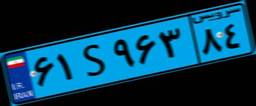
۶۶S۹۱۸۳۹